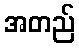
အတည်